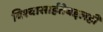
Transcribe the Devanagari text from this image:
विश्‍वासार्हतेबद्दलही